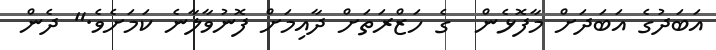
އަބަދުގެ އަބަދަށް މާފޮޅެން  ގެ ހަޒްރަތަށް ދާއިމަށް ފޮނުވާލާނެ ކަމަށެވެ." ދެން